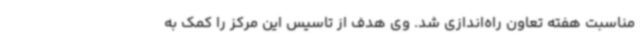
مناسبت هفته تعاون راه‌اندازی شد. وی هدف از تاسیس این مرکز را کمک به